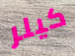
كيلر